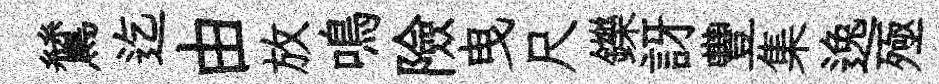
鷥迄由放鳴險曳尺鑠訝豐集逸殛